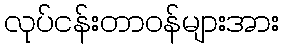
လုပ်ငန်းတာဝန်များအား